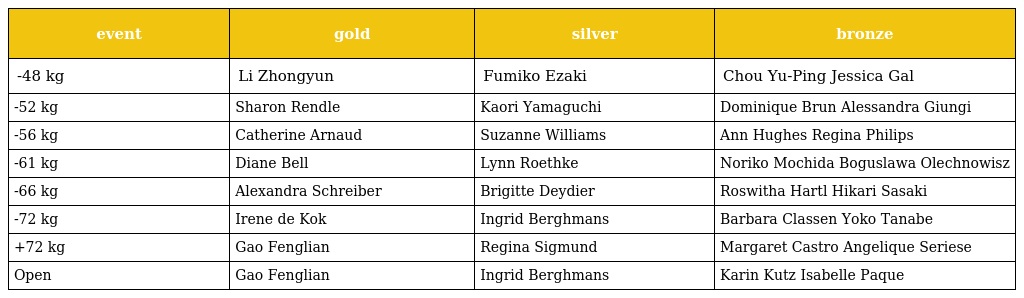
| event | gold | silver | bronze |
 | --- | --- | --- | --- |
 | -48 kg | Li Zhongyun | Fumiko Ezaki | Chou Yu-Ping Jessica Gal |
 | -52 kg | Sharon Rendle | Kaori Yamaguchi | Dominique Brun Alessandra Giungi |
 | -56 kg | Catherine Arnaud | Suzanne Williams | Ann Hughes Regina Philips |
 | -61 kg | Diane Bell | Lynn Roethke | Noriko Mochida Boguslawa Olechnowisz |
 | -66 kg | Alexandra Schreiber | Brigitte Deydier | Roswitha Hartl Hikari Sasaki |
 | -72 kg | Irene de Kok | Ingrid Berghmans | Barbara Classen Yoko Tanabe |
 | +72 kg | Gao Fenglian | Regina Sigmund | Margaret Castro Angelique Seriese |
 | Open | Gao Fenglian | Ingrid Berghmans | Karin Kutz Isabelle Paque |